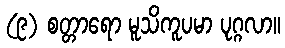
(၉) စတ္တာရော မူသိကူပမာ ပုဂ္ဂလာ။